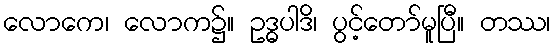
လောကေ၊ လောက၌။ ဥဒ္ဓပါဒိ၊ ပွင့်တော်မူပြီ။ တဿ၊